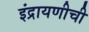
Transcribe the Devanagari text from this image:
इंद्रायणीची